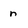
Character: n